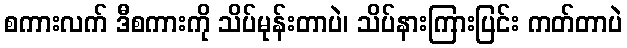
စကားလက် ဒီစကားကို သိပ်မုန်းတာပဲ၊ သိပ်နားကြားပြင်း ကတ်တာပဲ